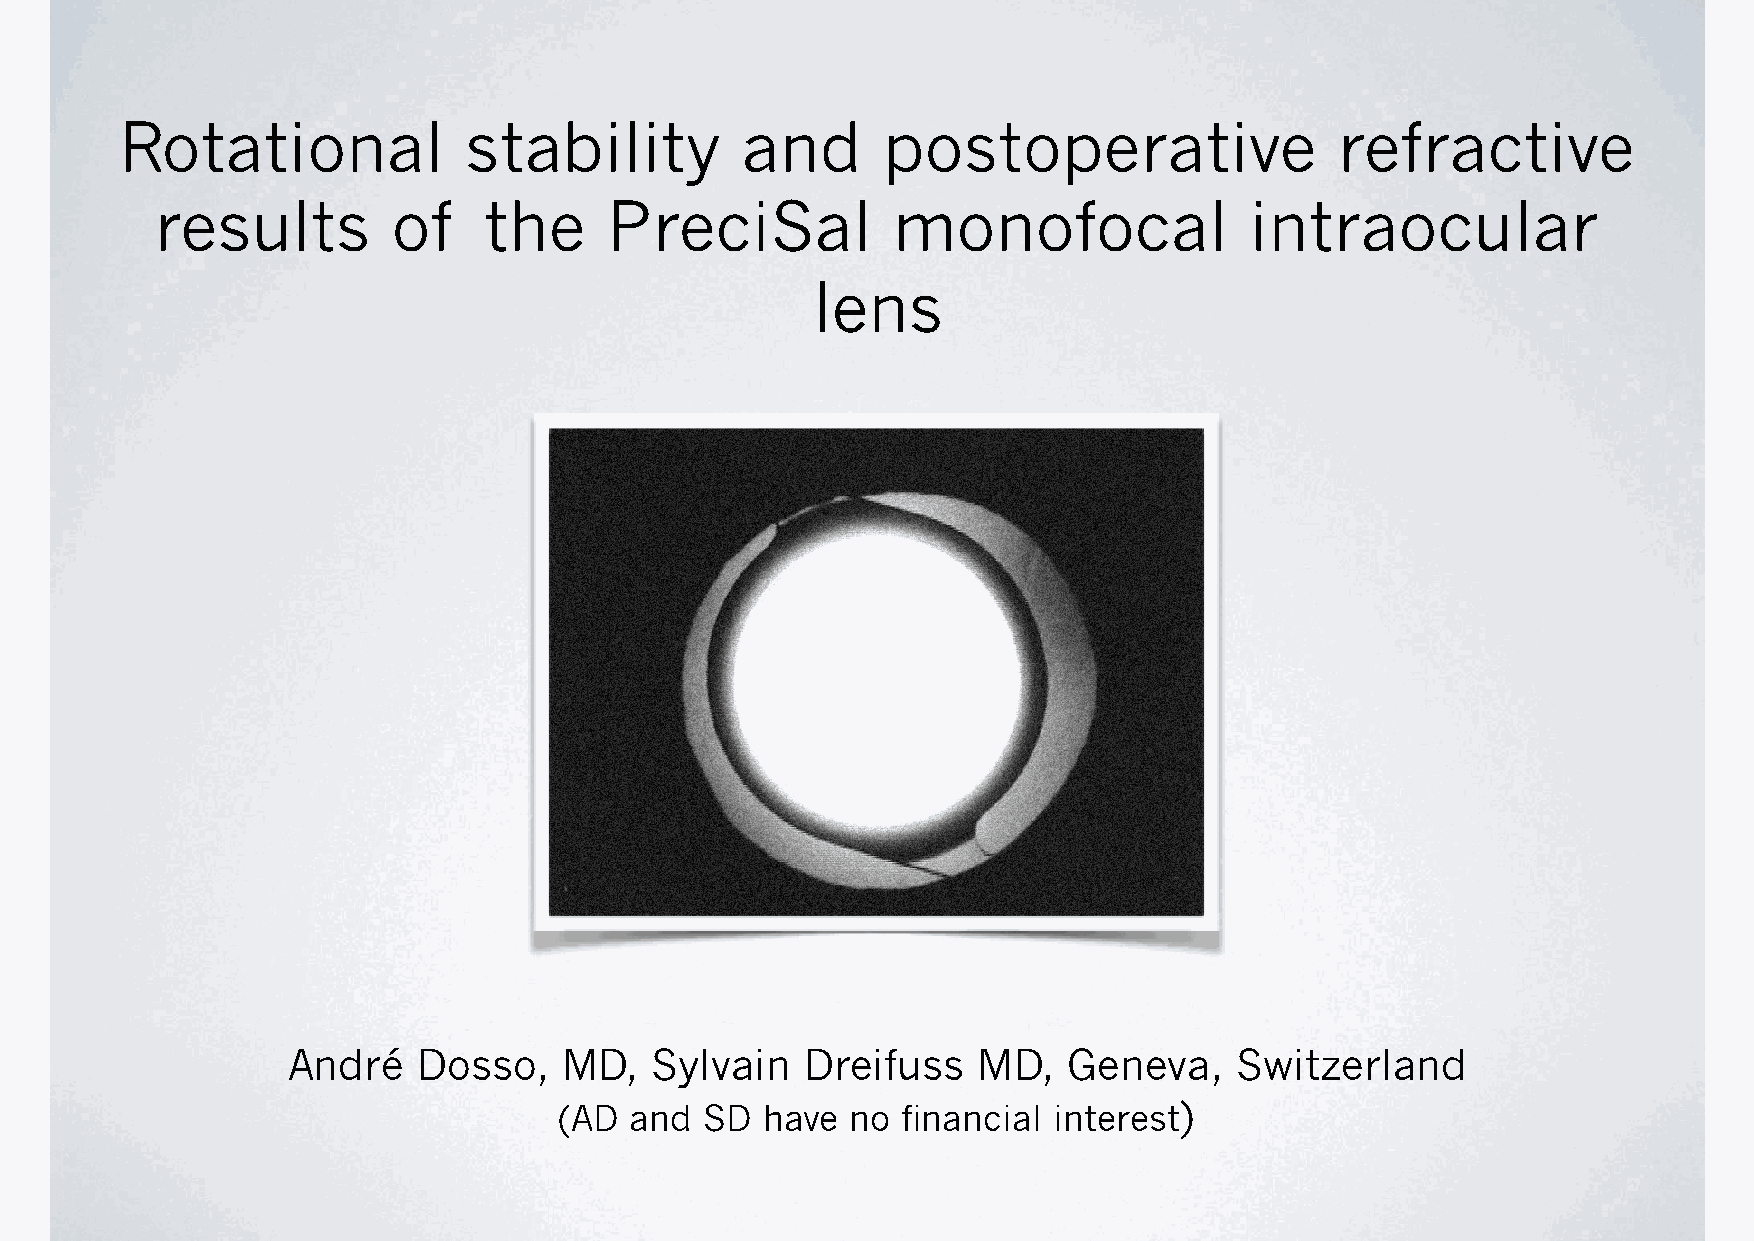
Rotational             stability         and      postoperative                  refractive
 results         of    the     PreciSal           monofocal               intraocular
 lens
 André    Dosso,   MD,   Sylvain   Dreifuss    MD,   Geneva,    Switzerland
 (AD  and  SD  have no  financial interest)